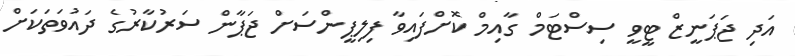
އަދި ޖަޕަނީޒް ޓީވީ ސިސްޓަމް ގާއިމް ކޮށްފައިވާ ފިލިޕީންސަށް ޖަޕާން ސަރުކާރުގެ ދައުވަތަކަށް